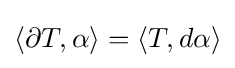
\langle \partial T,\alpha \rangle =\langle T,d\alpha \rangle